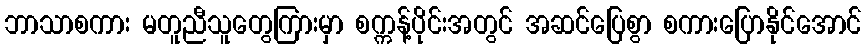
ဘာသာစကား မတူညီသူတွေကြားမှာ စက္ကန့်ပိုင်းအတွင် အဆင်ပြေစွာ စကားပြောနိုင်အောင်